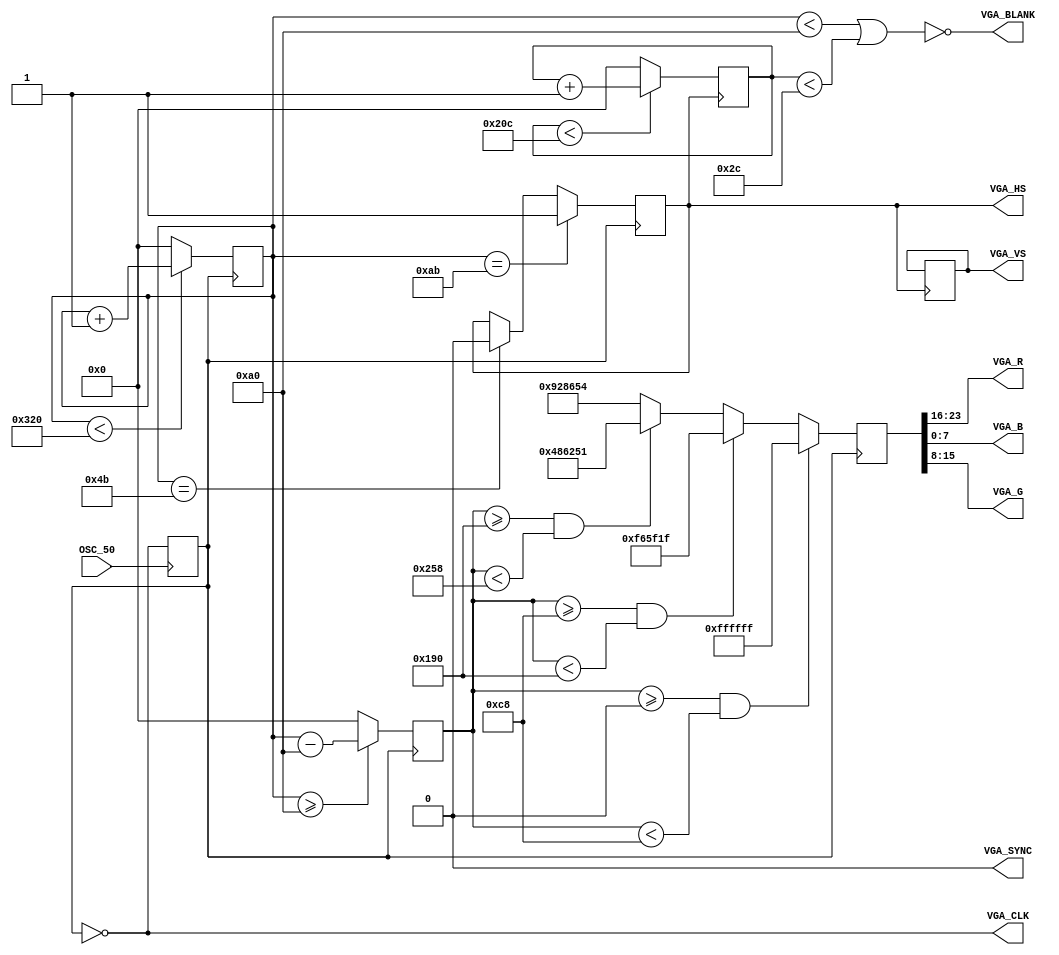
module VGA_colorbar_test(
OSC_50,     //原CLK2_50时钟信号
VGA_CLK,    //VGA自时钟
VGA_HS,     //行同步信号
VGA_VS,     //场同步信号
VGA_BLANK,  //复合空白信号控制信号  当BLANK为低电平时模拟视频输出消隐电平，此时从R9~R0,G9~G0,B9~B0输入的所有数据被忽略
VGA_SYNC,   //符合同步控制信号      行时序和场时序都要产生同步脉冲
VGA_R,      //VGA绿色
VGA_B,      //VGA蓝色
VGA_G);     //VGA绿色
 input OSC_50;     //外部时钟信号CLK2_50
 output VGA_CLK,VGA_HS,VGA_VS,VGA_BLANK,VGA_SYNC;
 output [7:0] VGA_R,VGA_B,VGA_G;
 parameter H_FRONT = 16;     //行同步前沿信号周期长
 parameter H_SYNC = 96;      //行同步信号周期长
 parameter H_BACK = 48;      //行同步后沿信号周期长
 parameter H_ACT = 640;      //行显示周期长
 parameter H_BLANK = H_FRONT+H_SYNC+H_BACK;        //行空白信号总周期长
 parameter H_TOTAL = H_FRONT+H_SYNC+H_BACK+H_ACT;  //行总周期长耗时
 parameter V_FRONT = 11;     //场同步前沿信号周期长
 parameter V_SYNC = 2;       //场同步信号周期长
 parameter V_BACK = 31;      //场同步后沿信号周期长
 parameter V_ACT = 480;      //场显示周期长
 parameter V_BLANK = V_FRONT+V_SYNC+V_BACK;        //场空白信号总周期长
 parameter V_TOTAL = V_FRONT+V_SYNC+V_BACK+V_ACT;  //场总周期长耗时
 reg [10:0] H_Cont;        //行周期计数器
 reg [10:0] V_Cont;        //场周期计数器
 wire [7:0] VGA_R;         //VGA红色控制线
 wire [7:0] VGA_G;         //VGA绿色控制线
 wire [7:0] VGA_B;         //VGA蓝色控制线
 reg VGA_HS;
 reg VGA_VS;
 reg [10:0] X;             //当前行第几个像素点
 reg [10:0] Y;             //当前场第几行
 reg [14:0] h_delay_counter;
 reg [14:0] v_delay_counter;
 reg CLK_25;
 always@(posedge OSC_50)begin 
      CLK_25=~CLK_25;         //时钟
 end 

 assign VGA_SYNC = 1'b0;   //同步信号低电平
 assign VGA_BLANK = ~((H_Cont<H_BLANK)||(V_Cont<V_BLANK));  //当行计数器小于行空白总长或场计数器小于场空白总长时，空白信号低电平
 assign VGA_CLK = ~CLK_to_DAC;  //VGA时钟等于CLK_25取反
 assign CLK_to_DAC = CLK_25;

 always@(posedge CLK_to_DAC)begin
        if(H_Cont<H_TOTAL)           //如果行计数器小于行总时长
            H_Cont<=H_Cont+1'b1;      //行计数器+1
        else begin
            H_Cont<=0; //否则行计数器清零
            h_delay_counter <= 0; // 重置行延时计数器
        end
           // 实现行延时
        if (h_delay_counter < 60) begin
            h_delay_counter <= h_delay_counter + 1'b1;
        end          
        if(H_Cont==H_FRONT-1 + 60 )        //如果行计数器等于行前沿空白时间-1
            VGA_HS<=1'b0;             //行同步信号置0
        if(H_Cont==H_FRONT+H_SYNC-1 + 60) //如果行计数器等于行前沿+行同步-1
	
            VGA_HS<=1'b1;             //行同步信号置1
        if(H_Cont>=H_BLANK)          //如果行计数器大于等于行空白总时长
            X<=H_Cont-H_BLANK;        //X等于行计数器-行空白总时长   （X为当前行第几个像素点）
        else X<=0;                   //否则X为0
end

 always@(posedge VGA_HS)begin
        if(V_Cont<V_TOTAL)           //如果场计数器小于行总时长
		          
            V_Cont<=V_Cont+1'b1;      //场计数器+1
        else begin
            V_Cont<=0;              //否则场计数器清零
            v_delay_counter <= 0; // 重置场延时计数器
        end
        // 实现场延时
    if (v_delay_counter < 50000) begin
        v_delay_counter <= v_delay_counter + 1'b1;
    end
    if (V_Cont == V_FRONT - 1 + 50000) begin
		   VGA_VS <= 1'b0; // 使用参数作为延时值
    end
	 #5;
    if (V_Cont == V_FRONT + V_SYNC - 1 + 50000) begin

		 VGA_VS <= 1'b1; // 使用参数作为延时值
end            //场同步信号置1
        if(V_Cont>=V_BLANK)          //如果场计数器大于等于场空白总时长
            Y<=V_Cont-V_BLANK;        //Y等于场计数器-场空白总时长    （Y为当前场第几行）  
        else Y<=0;                   //否则Y为0
end

 reg valid_yr;

 always@(posedge CLK_to_DAC)begin
    if(V_Cont == 10'd32)         //场计数器=32时
        valid_yr<=1'b1;           //行输入激活
    else if(V_Cont==10'd512)     //场计数器=512时
        valid_yr<=1'b0;           //行输入冻结
 end

 wire valid_y=valid_yr;       //连线   
 reg valid_r;     

 always@(posedge CLK_to_DAC)begin
    if((H_Cont == 10'd32)&&valid_y)     //行计数器=32时
        valid_r<=1'b1;                   //像素输入激活
    else if((H_Cont==10'd512)&&valid_y) //行计数器=512时 
        valid_r<=1'b0;                   //像素输入冻结
 end

 wire valid = valid_r;               //连线
 assign x_dis=X;       //连线X
 assign y_dis=Y;       //连线Y
 // reg[7:0] char_bit;
 // always@(posedge CLK_to_DAC)
 //     if(X==10'd144)char_bit<=9'd240;   //当显示到144像素时准备开始输出图像数据
 //     else if(X>10'd144&&X<10'd384)     //左边距屏幕144像素到416像素时    416=144+272（图像宽度）
 //         char_bit<=char_bit-1'b1;       //倒着输出图像信息
         
 reg[29:0] vga_rgb;                //定义颜色缓存
 always@(posedge CLK_to_DAC) begin
     if(X>=0&&X<200)begin    //X控制图像的横向显示边界：左边距屏幕左边144像素  右边界距屏幕左边界416像素
         vga_rgb<=30'hffffffffff;   //白色
     end
     else if(X>=200&&X<400)begin
         vga_rgb<=30'hf00ff65f1f;   
     end
     else if(X>=400&&X<600)begin
         vga_rgb<=30'h9563486251; 
     end
     else begin
         vga_rgb<=30'h5864928654; 
     end
 end
 assign VGA_R=vga_rgb[23:16];
 assign VGA_G=vga_rgb[15:8];
 assign VGA_B=vga_rgb[7:0];
endmodule